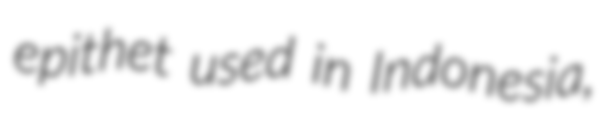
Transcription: epithet used in Indonesia,